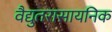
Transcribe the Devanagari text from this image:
वैद्युतरासायनिक